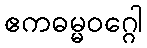
ဧကဓမ္မဝဂ္ဂေါ